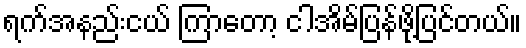
ရက်အနည်းငယ် ကြာတော့ ငါအိမ်ပြန်ဖို့ပြင်တယ်။